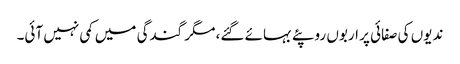
ندیوں کی صفائی پر اربوں روپئے بہائے گئے، مگر گندگی میں کمی نہیں آئی۔